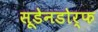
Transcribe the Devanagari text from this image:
सूडेनडोर्फ